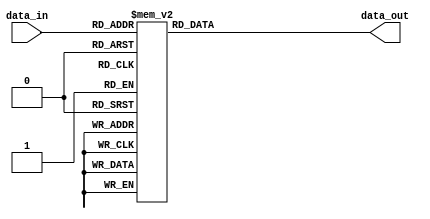
module simple_case_statement (
    input [2:0] data_in,
    output reg [3:0] data_out
);

always @(*) begin
    case(data_in)
        3'b000: data_out = 4'b0000;
        3'b001: data_out = 4'b0001;
        3'b010: data_out = 4'b0010;
        3'b011: data_out = 4'b0011;
        3'b100: data_out = 4'b0100;
        3'b101: data_out = 4'b0101;
        3'b110: data_out = 4'b0110;
        3'b111: data_out = 4'b0111;
        default: data_out = 4'b1111;
    endcase
end

endmodule